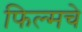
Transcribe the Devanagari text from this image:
फिल्मचे